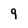
Character: 9